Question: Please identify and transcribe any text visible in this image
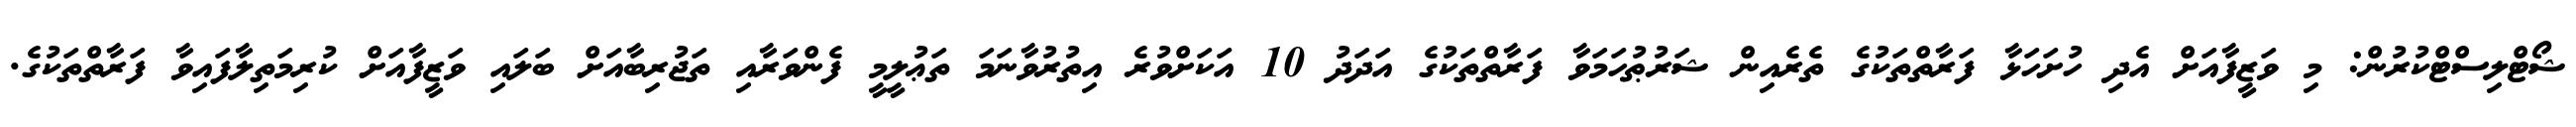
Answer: ޝޯޓްލިސްޓްކުރުން: މި ވަޒީފާއަށް އެދި ހުށަހަޅާ ފަރާތްތަކުގެ ތެރެއިން ޝަރުޠުހަމަވާ ފަރާތްތަކުގެ އަދަދު 10 އަކަށްވުރެ އިތުރުވާނަމަ ތަޢުލީމީ ފެންވަރާއި ތަޖުރިބާއަށް ބަލައި ވަޒީފާއަށް ކުރިމަތިލާފައިވާ ފަރާތްތަކުގެ.